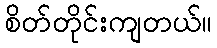
စိတ်တိုင်းကျတယ်။